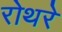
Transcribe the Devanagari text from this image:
रोथरे